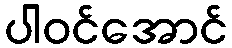
ပါဝင်အောင်